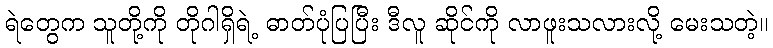
ရဲတွေက သူတို့ကို တိုဂါရှိရဲ့ ဓာတ်ပုံပြပြီး ဒီလူ ဆိုင်ကို လာဖူးသလားလို့ မေးသတဲ့။